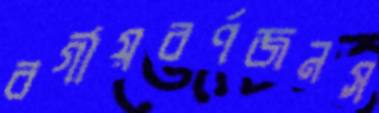
বর্গীয়বর্ণজনস